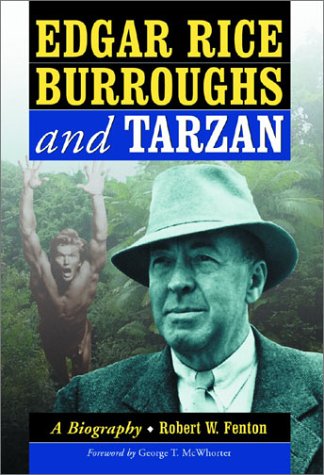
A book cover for Edgar Rice Burroughs and Tarzan: A Biography of the Author and His Creation; Robert W. Fenton; Science Fiction & Fantasy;